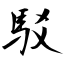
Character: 駁